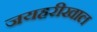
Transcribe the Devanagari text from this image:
जयहरीखाल